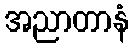
အညာတာနံ